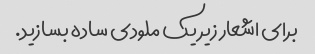
برای اشعار زیر یک ملودی ساده بسازید.